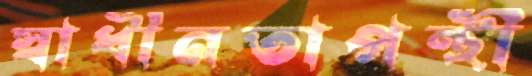
স্বাধীনতাপন্থী